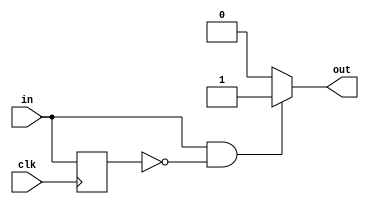
/*
   This file was generated automatically by the Mojo IDE version B1.3.6.
   Do not edit this file directly. Instead edit the original Lucid source.
   This is a temporary file and any changes made to it will be destroyed.
*/

/*
   Parameters:
     RISE = 1
     FALL = 0
*/
module edge_detector_6 (
    input clk,
    input in,
    output reg out
  );
  
  localparam RISE = 1'h1;
  localparam FALL = 1'h0;
  
  
  reg M_last_d, M_last_q = 1'h0;
  
  always @* begin
    M_last_d = M_last_q;
    
    out = 1'h0;
    M_last_d = in;
    if (1'h1) begin
      if (in == 1'h1 && M_last_q == 1'h0) begin
        out = 1'h1;
      end
    end
    if (1'h0) begin
      if (in == 1'h0 && M_last_q == 1'h1) begin
        out = 1'h1;
      end
    end
  end
  
  always @(posedge clk) begin
    M_last_q <= M_last_d;
  end
  
endmodule